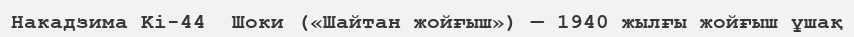
Накадзима Ki-44  Шоки («Шайтан жойғыш») — 1940 жылғы жойғыш ұшақ